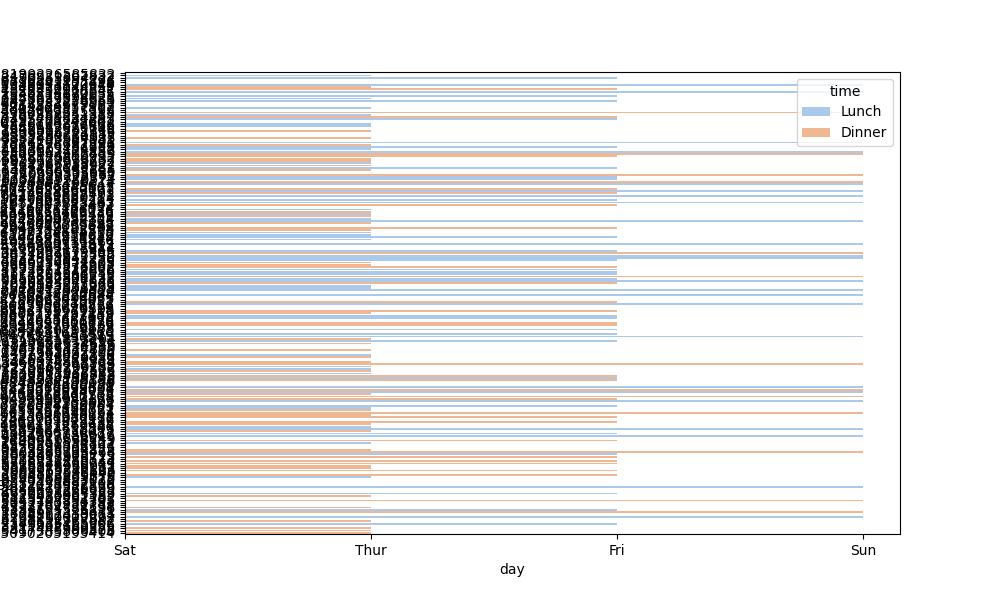
python, seaborn, barplot, hue='time', palette='pastel', ci=95, orient='h'